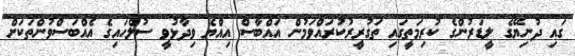
ގައި ދުނިޔޭގެ ލީޑަރުންގެ ކުރިމަތީގައި ތަގުރީރުކުރައްވަމުން އައްބާސް އިއްޔެ ވިދާޅުވީ ސުލްހައިގެ އެއްބަސްވުންތަކަށް